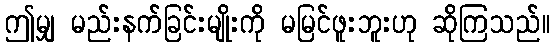
ဤမျှ မည်းနက်ခြင်းမျိုးကို မမြင်ဖူးဘူးဟု ဆိုကြသည်။